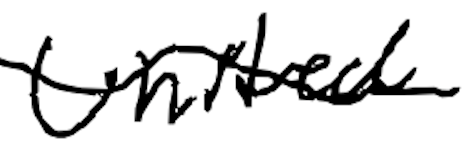
Text: United
Cross-out: wave
Writing tool: digital_black